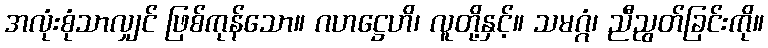
အလုံးစုံသာလျှင် ဖြစ်ကုန်သော။ ဂဟဋ္ဌေဟိ၊ လူတို့နှင့်။ သမဂ္ဂံ၊ ညီညွတ်ခြင်းကို။